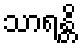
သာရန္တိ